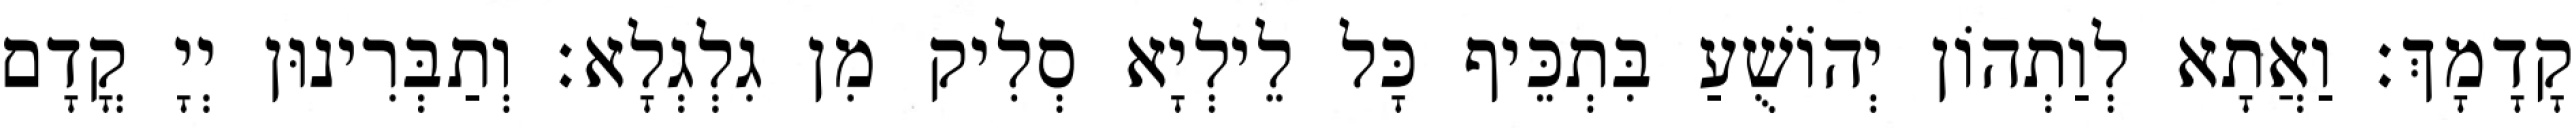
קָדָמָךְ׃ וַאֲתָא לְוַתְהוֹן יְהוֹשֻׁעַ בִּתְכֵּיף כָּל לֵילְיָא סְלִיק מִן גִלְגְלָא׃ וְתַבְּרִינוּן יְיָ קֳדָם